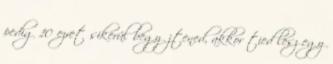
pedig 10 ezret sikerül begyűjtened, akkor tied lesz egy